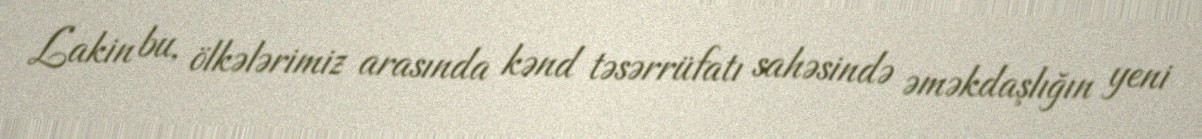
Lakin bu, ölkələrimiz arasında kənd təsərrüfatı sahəsində əməkdaşlığın yeni